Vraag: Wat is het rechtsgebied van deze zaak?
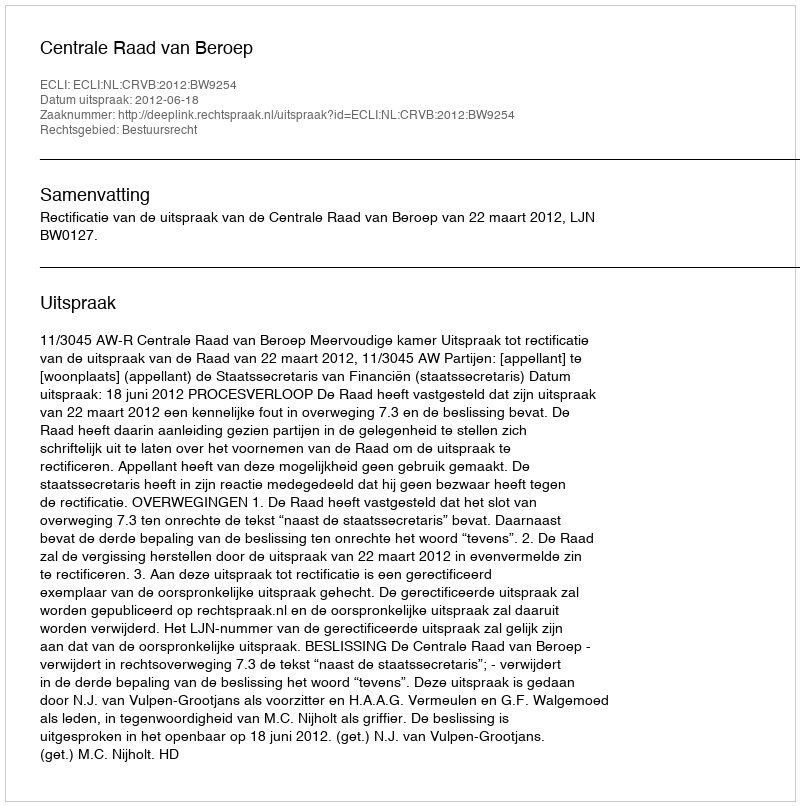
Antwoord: Bestuursrecht